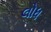
લોધ